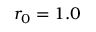
r _ { 0 } = 1 . 0